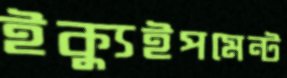
ইক্যুইপমেন্ট